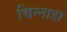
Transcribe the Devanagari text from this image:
चिन्नाडा